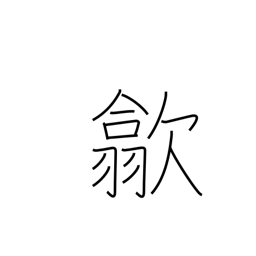
Meaning: put away